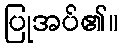
ပြုအပ်၏။